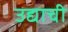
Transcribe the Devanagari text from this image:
उद्याची